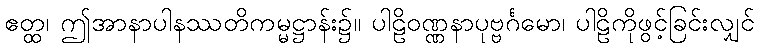
ဧတ္ထ၊ ဤအာနာပါနဿတိကမ္မဋ္ဌာန်း၌။ ပါဠိဝဏ္ဏနာပုဗ္ဗင်္ဂမော၊ ပါဠိကိုဖွင့်ခြင်းလျှင်